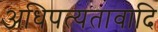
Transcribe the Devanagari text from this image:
अधिपत्यतावादि